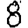
Digit: 8